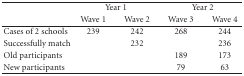
| <ROWSPAN=2>  | <COLSPAN=2> Year 1 | <COLSPAN=2> Year 2 |
 | Wave 1 | Wave 2 | Wave 3 | Wave 4 |
 | --- | --- | --- | --- | --- |
 | Cases of 2 schools | 239 | 242 | 268 | 244 |
 | Successfully match |  | 232 |  | 236 |
 | Old participants |  |  | 189 | 173 |
 | New participants |  |  | 79 | 63 |